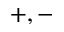
+ , -